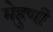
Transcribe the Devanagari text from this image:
मेहुणी